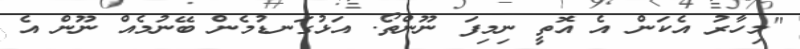
"މިހާރު އެކަން އެ އޮތީ ނިމިފަ ނޫންތޯ. އަޅުގަނޑުމެން ބޭނުމެއް ނޫން އެ